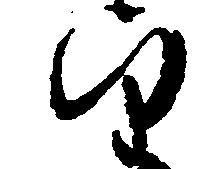
望